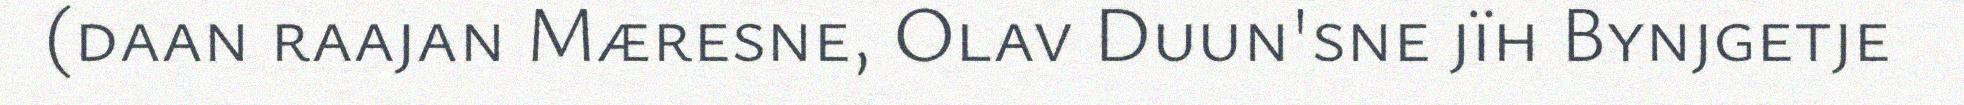
(daan raajan Mæresne, Olav Duun'sne jïh Bynjgetje